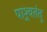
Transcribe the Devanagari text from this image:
पाश्र्वतंतु